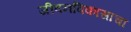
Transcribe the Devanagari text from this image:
जीवनविकासाचा